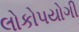
લોકો૫યોગી